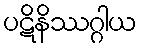
ပဋိနိဿဂ္ဂါယ